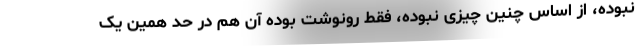
نبوده، از اساس چنین چیزی نبوده، فقط رونوشت بوده آن هم در حد همین یک